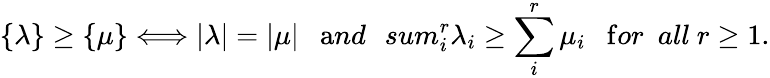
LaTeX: \{ \lambda\} \geq\{ \mu\} \Longleftrightarrow|\lambda|=|\mu|\ \ \ {\mathrm{a}nd}\ \ \, sum_{i}^{r}\lambda_{i}\geq\sum_{i}^{r}\mu_{i}\ \ \ {\mathrm{f}or\ \ all}\ r\geq 1.